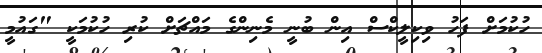
ހުކުމަށް ފަހު ވިކިލީކްސް އިން ބުނީ މެނިންގެ މައްޗަށް ކުރި ހުކުމަކީ "ގައުމީ